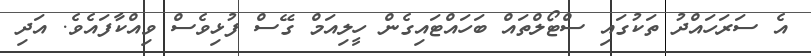
އެ ސަރަހައްދު ތަކުގައި ސްޓޯލްތައް ބަހައްޓައިގެން ހީލިއަމް ގޭސް ފުޅިވެސް ވިއްކާފައެވެ. އަދި